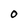
Character: 0